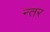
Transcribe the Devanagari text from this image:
न्तर